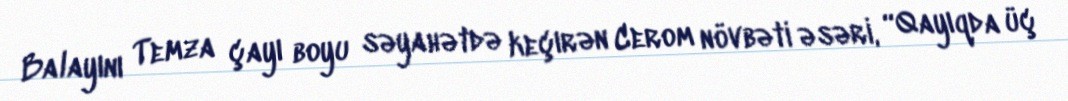
Balayını Temza çayı boyu səyahətdə keçırən Cerom növbəti əsəri, “Qayıqda üç